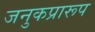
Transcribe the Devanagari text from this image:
जनुकप्रारूप